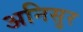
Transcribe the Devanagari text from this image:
अनिसुर